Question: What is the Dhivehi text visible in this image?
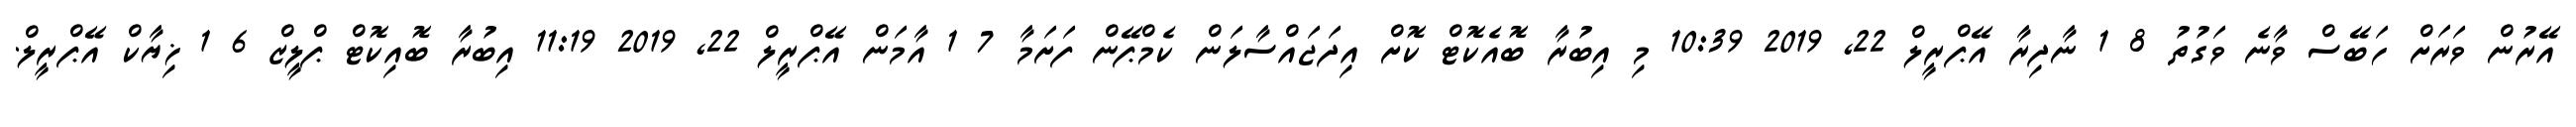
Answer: އޭރުން ވަރަށް ހަބޭސް ވާނެ ވަގުތު 8 1 ނާދިރާ އޭޕްރީލް 22, 2019 10:39 މި އިބުރާ ބޮއެކޮޓް ކޮށް އިދަޖައްސާލަން ކެމްޕޭން ފަށަމާ 7 1 އާމަން އޭޕްރީލް 22, 2019 11:19 އިބުރާ ބޮއިކޮޓް ޕްލީޒް 6 1 ޚިޔާކް އޭޕްރީލް.